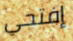
إفتحي